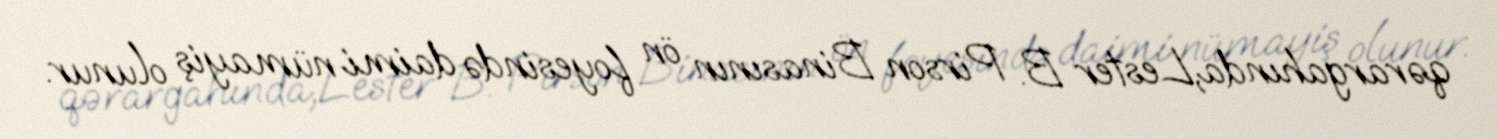
qərargahında,Lester B. Pirson Binasının ön foyesində daimi nümayiş olunur.